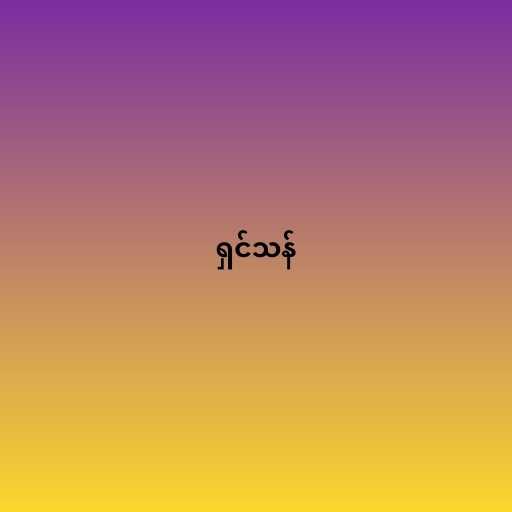
ရှင်သန်